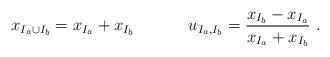
LaTeX: \begin{align*}x_{I_a\cup I_b}=x_{I_a}+x_{I_b}\ \ \ \ \ \ \ \ \ \ u_{I_a,I_b}=\frac{x_{I_b}-x_{I_a}}{x_{I_a}+x_{I_b}}\ .\end{align*}